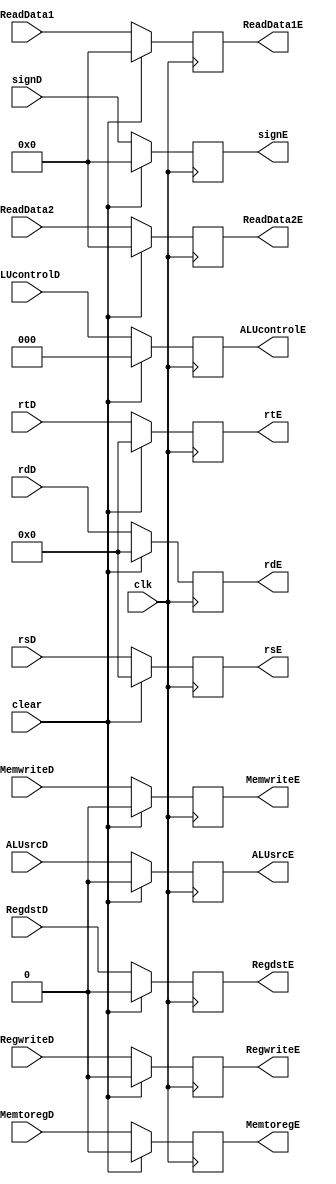
`timescale 1ns / 1ps
//////////////////////////////////////////////////////////////////////////////////
// Company: 
// Engineer: 
// 
// Design Name: 
// Module Name: RegDE
// Project Name: 
// Target Devices: 
// Tool Versions: 
// Description: 
// 
// Dependencies: 
// 
// Revision:
// Revision 0.01 - File Created
// Additional Comments:
// 
//////////////////////////////////////////////////////////////////////////////////


module RegDE(
input clk,
input clear,
input RegwriteD,
input MemtoregD,
input MemwriteD,
input [2:0]ALUcontrolD,
input ALUsrcD,
input RegdstD,
input [4:0]rsD,rtD,rdD,
input [31:0]signD,ReadData1,ReadData2,
output reg RegwriteE,
output reg MemtoregE,
output reg MemwriteE,
output reg [2:0]ALUcontrolE,
output reg ALUsrcE,
output reg RegdstE,
output reg [4:0]rsE,rtE,rdE,
output reg [31:0]signE,ReadData1E,ReadData2E
    );
 always @(posedge clk) 
 begin
    if(clear==1)
    begin
//           RegwriteE<=RegwriteE;
//           MemtoregE<=MemtoregE;
//           MemwriteE<=MemwriteE;
//           ALUcontrolE<=ALUcontrolE;
//           ALUsrcE<=ALUsrcE;
//           RegdstE<=RegdstE;
//           rsE<=rsE;
//           rtE<=rtE;
//           rdE<=rdE;
//           signE<=signE;
//           ReadData1E<=ReadData1E;
//           ReadData2E<=ReadData2E;
           RegwriteE<=0;
           MemtoregE<=0;
           MemwriteE<=0;
           ALUcontrolE<=0;
           ALUsrcE<=0;
           RegdstE<=0;
           rsE<=0;
           rtE<=0;
           rdE<=0;
           signE<=0;
           ReadData1E<=0;
           ReadData2E<=0;
    end
    else
    begin
           RegwriteE<=RegwriteD;
           MemtoregE<=MemtoregD;
           MemwriteE<=MemwriteD;
           ALUcontrolE<=ALUcontrolD;
           ALUsrcE<=ALUsrcD;
           RegdstE<=RegdstD;
           rsE<=rsD;
           rtE<=rtD;
           rdE<=rdD;
           signE<=signD;
           ReadData1E<=ReadData1;
           ReadData2E<=ReadData2;
     end
end
endmodule